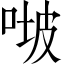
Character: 𠶊